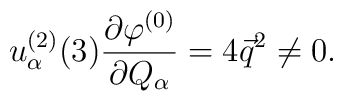
u^{(2)}_\alpha(3) \frac{\partial\varphi^{(0)}}{\partial Q_\alpha}=4\vec q^2 \not =0.